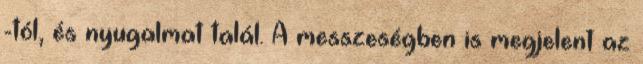
-tól, és nyugalmat talál. A messzeségben is megjelent az